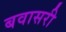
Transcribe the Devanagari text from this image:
बवासरी